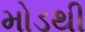
મોડથી